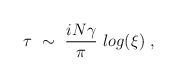
LaTeX: \begin{align*}\tau ~\sim~ { i N \gamma \over \pi} ~ log (\xi) \ ,\end{align*}